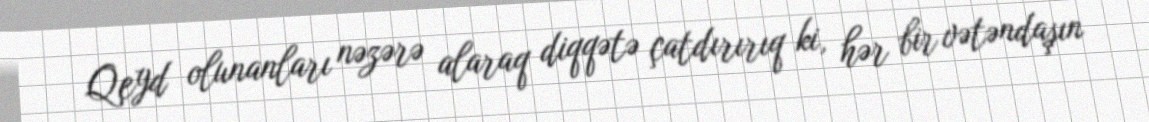
Qeyd olunanları nəzərə alaraq diqqətə çatdırırıq ki, hər bir vətəndaşın